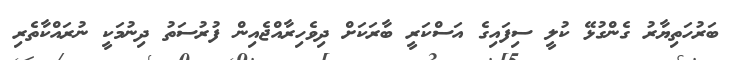
ބަރުހަތިޔާރު ގެންގުޅޭ ކުލީ ސިފައިގެ އަސްކަރީ ބާރަކަށް ދިވެހިރާއްޖެއިން ފުރުސަތު ދިނުމަކީ ނުރައްކާތެރި